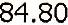
84.80